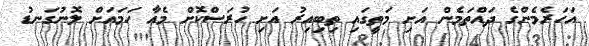
އަހަރެމެންގެ ދައްތަމެން އަށި މަތީގައި ތިބިއިރު އަށި ހުރަސްކޮށް މެއާ ހަމައަށް ލޮނުގަނޑު